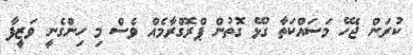
ކުރަން ޖެހޭ މަސައްކަތާ ގުޅޭ ގޮތުން ޕްރޮގްރާމެއް ވެސް މި ހިންގެނީ ވަޒީފާ